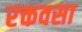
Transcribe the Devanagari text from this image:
रक्तवसा